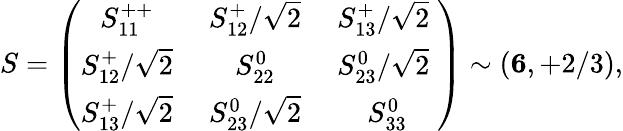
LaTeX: S=\left(\begin{array}{ccc}{{S_{11}^{++}\; }}&{{S_{12}^{+}/\sqrt 2\; }}&{{S_{13}^{+}/\sqrt 2\; }}\\ {{S_{12}^{+}/\sqrt 2\; }}&{{S_{22}^{0}\; }}&{{S_{23}^{0}/\sqrt 2\; }}\\ {{S_{13}^{+}/\sqrt 2\; }}&{{S_{23}^{0}/\sqrt 2\; }}&{{S_{33}^{0}}}\end{array}\right)\sim({\mathbf 6},+2/3),